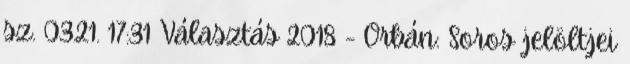
sz. 03.21. 17:31 Választás 2018 - Orbán: Soros jelöltjei